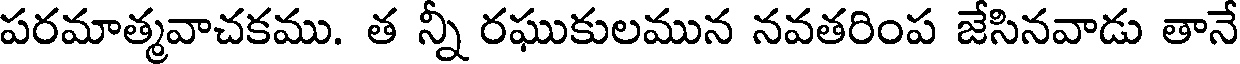
పరమాత్మవాచకము. త న్నీ రఘుకులమున నవతరింప జేసినవాడు తానే